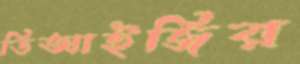
ডিআইজির